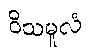
ဝိသမူလံ